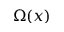
\Omega ( x )